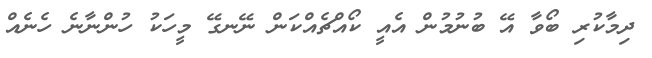
ދިމާކުރި ބޯވާ އޭ ބުނުމުން އެއީ ކޯއްޗެއްކަން ނޭނގޭ މީހަކު ހުންނާނެ ހެނެއް